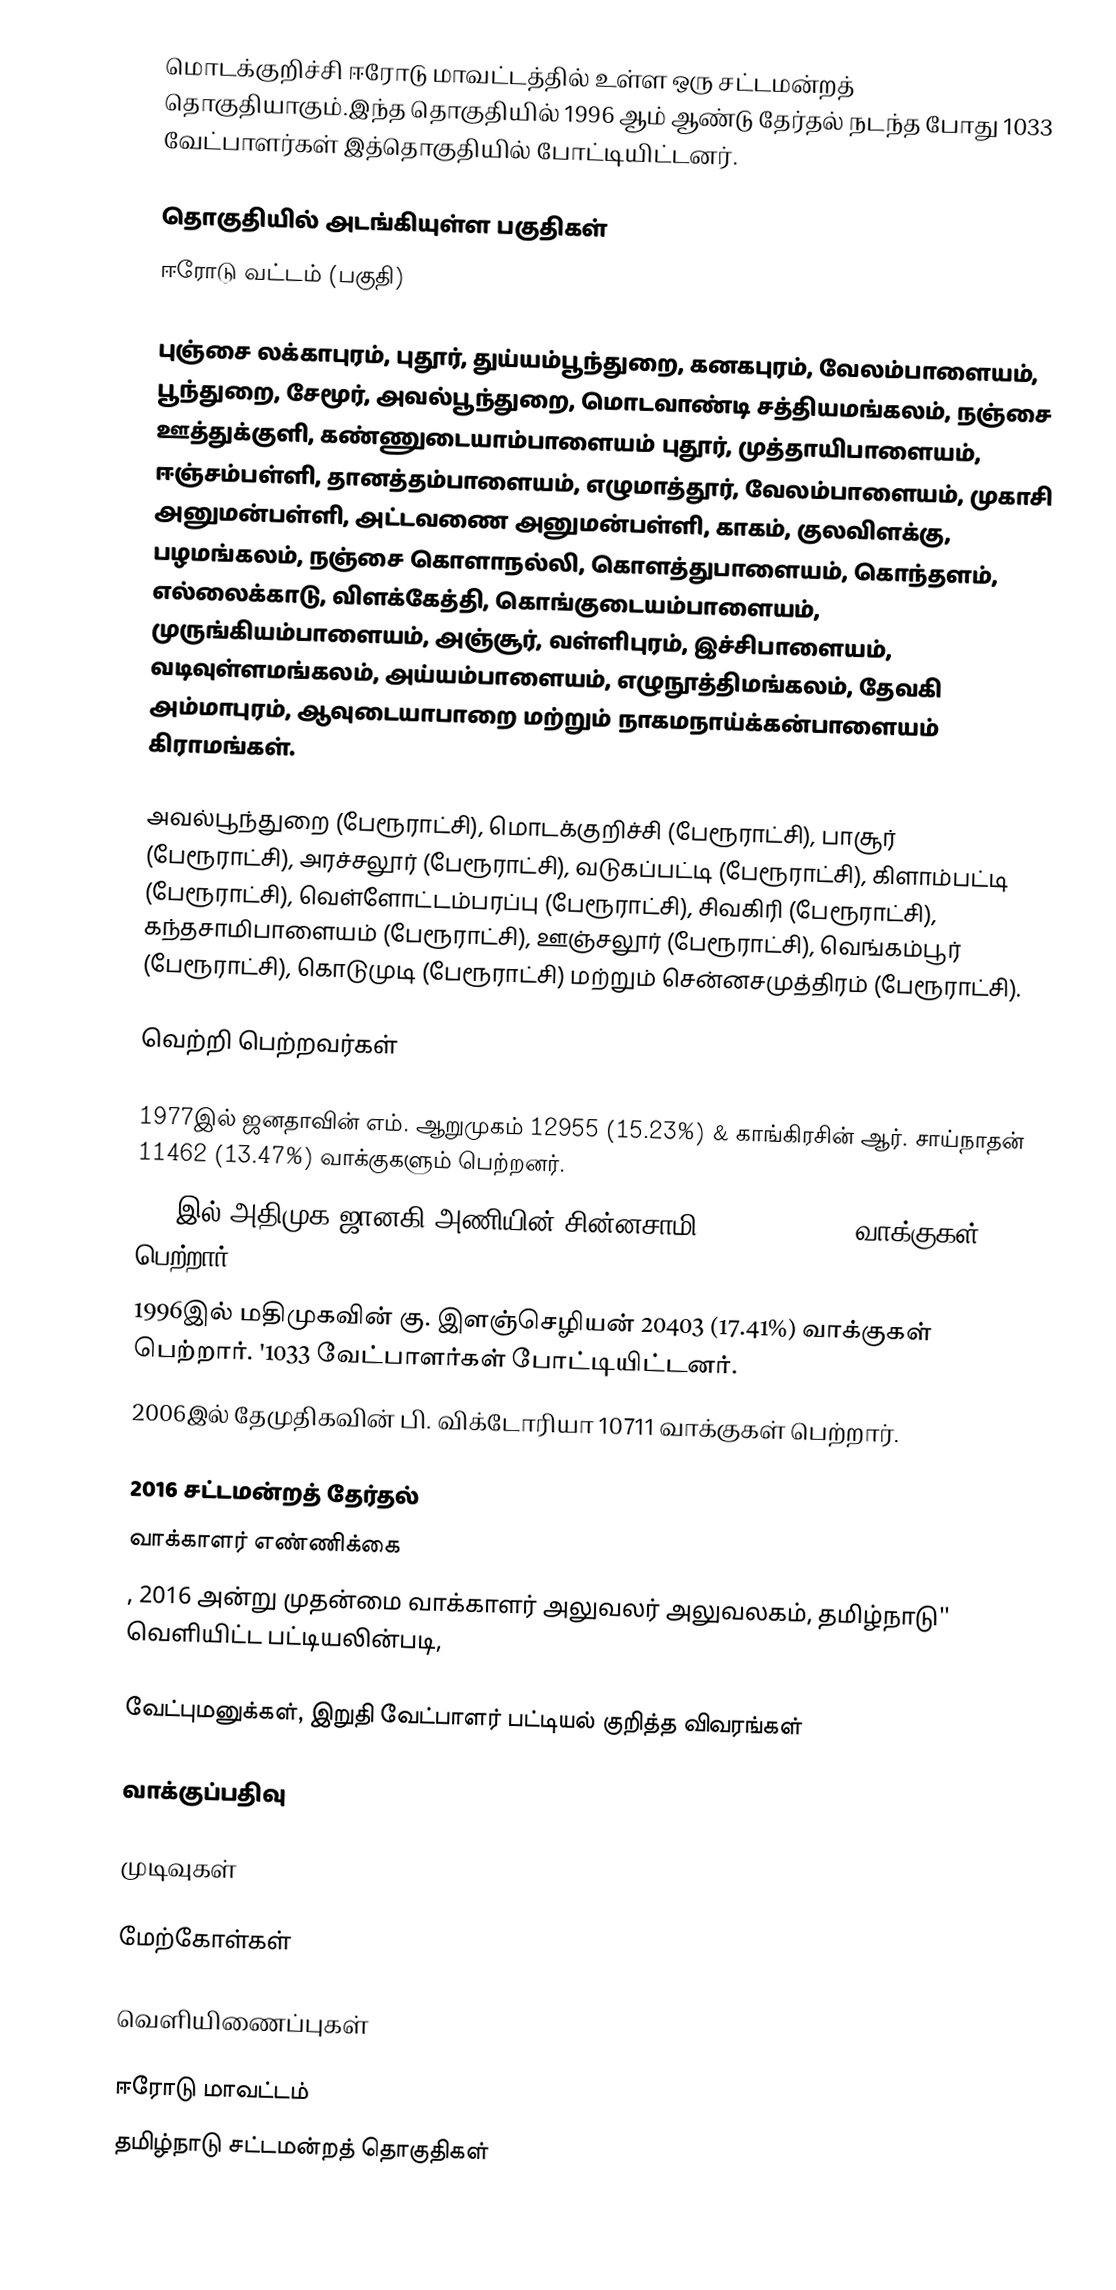
மொடக்குறிச்சி ஈரோடு மாவட்டத்தில் உள்ள ஒரு சட்டமன்றத் தொகுதியாகும்.இந்த தொகுதியில் 1996 ஆம் ஆண்டு தேர்தல் நடந்த போது 1033 வேட்பாளர்கள் இத்தொகுதியில் போட்டியிட்டனர்.

தொகுதியில் அடங்கியுள்ள பகுதிகள்
ஈரோடு வட்டம் (பகுதி)

புஞ்சை லக்காபுரம், புதூர், துய்யம்பூந்துறை, கனகபுரம், வேலம்பாளையம், பூந்துறை, சேமூர், அவல்பூந்துறை, மொடவாண்டி சத்தியமங்கலம், நஞ்சை ஊத்துக்குளி, கண்ணுடையாம்பாளையம் புதூர், முத்தாயிபாளையம், ஈஞ்சம்பள்ளி, தானத்தம்பாளையம், எழுமாத்தூர், வேலம்பாளையம், முகாசி அனுமன்பள்ளி, அட்டவணை அனுமன்பள்ளி, காகம், குலவிளக்கு, பழமங்கலம், நஞ்சை கொளாநல்லி, கொளத்துபாளையம், கொந்தளம், எல்லைக்காடு, விளக்கேத்தி, கொங்குடையம்பாளையம், முருங்கியம்பாளையம், அஞ்சூர், வள்ளிபுரம், இச்சிபாளையம், வடிவுள்ளமங்கலம், அய்யம்பாளையம், எழுநூத்திமங்கலம், தேவகி அம்மாபுரம், ஆவுடையாபாறை மற்றும் நாகமநாய்க்கன்பாளையம் கிராமங்கள்.

அவல்பூந்துறை (பேரூராட்சி), மொடக்குறிச்சி (பேரூராட்சி), பாசூர் (பேரூராட்சி), அரச்சலூர் (பேரூராட்சி), வடுகப்பட்டி (பேரூராட்சி), கிளாம்பட்டி (பேரூராட்சி), வெள்ளோட்டம்பரப்பு (பேரூராட்சி), சிவகிரி (பேரூராட்சி), கந்தசாமிபாளையம் (பேரூராட்சி), ஊஞ்சலூர் (பேரூராட்சி), வெங்கம்பூர் (பேரூராட்சி), கொடுமுடி (பேரூராட்சி) மற்றும் சென்னசமுத்திரம் (பேரூராட்சி).

வெற்றி பெற்றவர்கள்

1977இல் ஜனதாவின் எம். ஆறுமுகம் 12955 (15.23%) & காங்கிரசின் ஆர். சாய்நாதன் 11462 (13.47%) வாக்குகளும் பெற்றனர்.
1989இல் அதிமுக ஜானகி அணியின் சின்னசாமி 16811 (12.82%) வாக்குகள் பெற்றார்.
1996இல் மதிமுகவின் கு. இளஞ்செழியன் 20403 (17.41%) வாக்குகள் பெற்றார். '1033 வேட்பாளர்கள் போட்டியிட்டனர்.
2006இல் தேமுதிகவின் பி. விக்டோரியா 10711 வாக்குகள் பெற்றார்.

 2016 சட்டமன்றத் தேர்தல்
 வாக்காளர் எண்ணிக்கை
, 2016 அன்று முதன்மை வாக்காளர் அலுவலர் அலுவலகம், தமிழ்நாடு'' வெளியிட்ட பட்டியலின்படி,

வேட்புமனுக்கள், இறுதி வேட்பாளர் பட்டியல் குறித்த விவரங்கள்

வாக்குப்பதிவு

முடிவுகள்

மேற்கோள்கள்

வெளியிணைப்புகள்

ஈரோடு மாவட்டம்
தமிழ்நாடு சட்டமன்றத் தொகுதிகள்